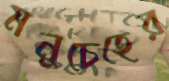
মনুচেহের